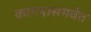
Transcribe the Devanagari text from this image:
कागदासमवेत